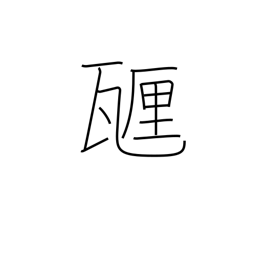
Meaning: centigram